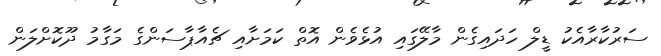
ސަރުކާރާއެކު ޑީލް ހަދައިގެން މާލޭގައި އުޅެވެން އޮތް ކަމަށާއި ޗެއާޕާސަންގެ މަގާމު ދޫކޮށްލަން